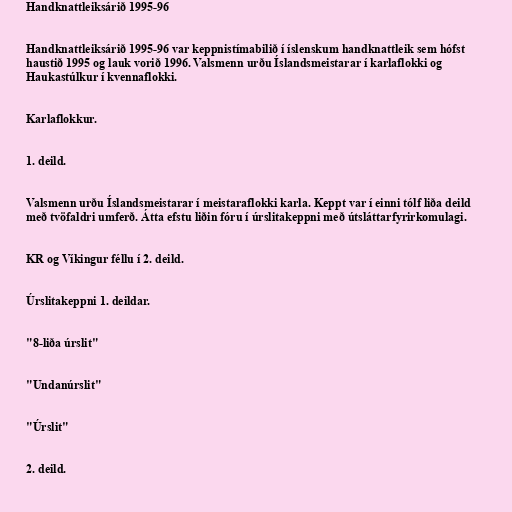
Handknattleiksárið 1995-96

Handknattleiksárið 1995-96 var keppnistímabilið í íslenskum handknattleik sem hófst
haustið 1995 og lauk vorið 1996. Valsmenn urðu Íslandsmeistarar í karlaflokki og
Haukastúlkur í kvennaflokki.

Karlaflokkur.

1. deild.

Valsmenn urðu Íslandsmeistarar í meistaraflokki karla. Keppt var í einni tólf liða deild
með tvöfaldri umferð. Átta efstu liðin fóru í úrslitakeppni með útsláttarfyrirkomulagi.

KR og Víkingur féllu í 2. deild.

Úrslitakeppni 1. deildar.

"8-liða úrslit"

"Undanúrslit"

"Úrslit"

2. deild.